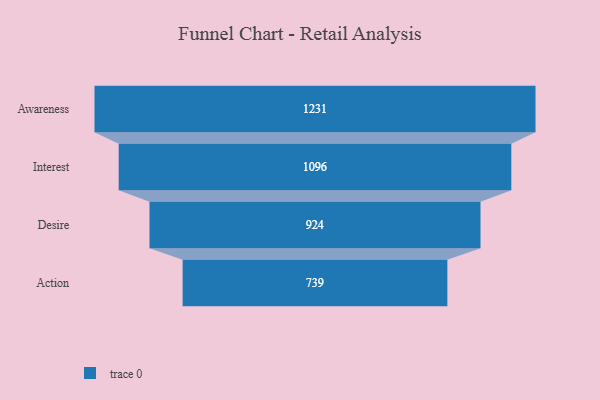
{"axis": {"x": "Stage", "y": "Value"}, "legend": [""], "data": [{"x": "Awareness", "y": 1231.0, "type": ""}, {"x": "Interest", "y": 1096.0, "type": ""}, {"x": "Desire", "y": 924.0, "type": ""}, {"x": "Action", "y": 739.0, "type": ""}]}